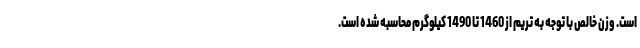
است. وزن خالص با توجه به تریم از 1460 تا 1490 کیلوگرم محاسبه شده است.